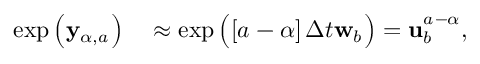
\begin{array} { r l } { \exp \left( \mathbf { y } _ { \alpha { } , a _ { } } ^ { } \right) } & { { } \approx \exp \left( \left[ a _ { } - \alpha { } \right] \Delta t \mathbf { w } _ { b _ { } } \right) = \mathbf { u } _ { b _ { } } ^ { a _ { } - \alpha { } } , } \end{array}